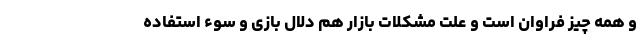
و همه چیز فراوان است و علت مشکلات بازار هم دلال بازی و سوء استفاده